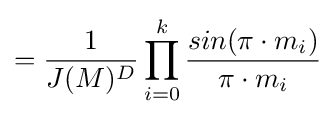
={\frac {1}{J(M)^{D}}}\prod _{i=0}^{k}{\frac {sin(\pi \cdot m_{i})}{\pi \cdot m_{i}}}